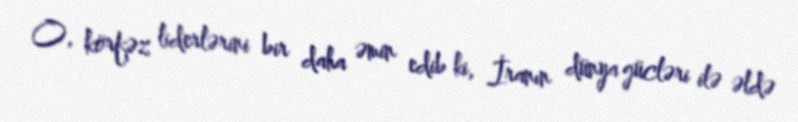
O, körfəz liderlərini bir daha əmin edib ki, İranın dünya gücləri ilə əldə